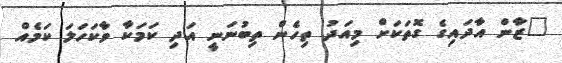
"ޒާން އާދައިގެ ގޮތަކަށް މިއަދު ތިހެން ތިބުނަނީ އަދި ކަމަކާ ވާކަހަލަ ކަމެއް